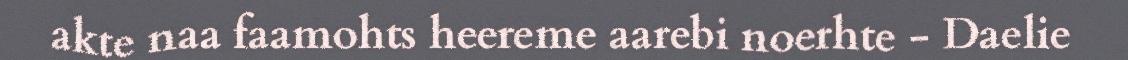
akte naa faamohts heereme aarebi noerhte - Daelie